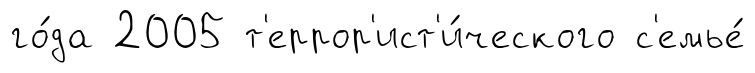
го́да 2005 т'еррор'ист'и́ческого с'емье́